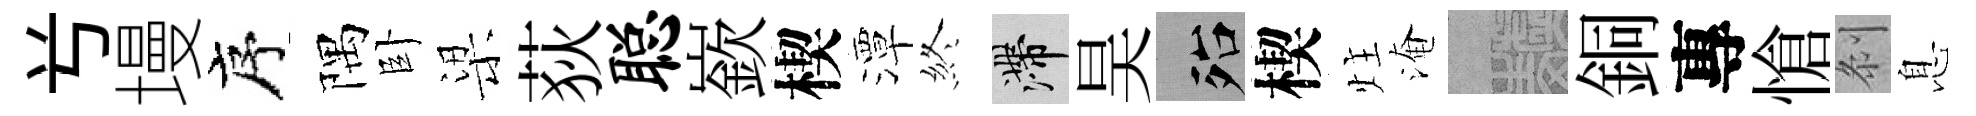
𠔃墁序隅卧梁荻聪嶔楔潭終滯昊殆楔炷淹熙銅專愴𠛴息